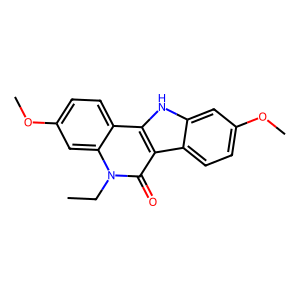
SMILES: CCn1c(=O)c2c3ccc(OC)cc3[nH]c2c2ccc(OC)cc21
Inhibits HIV replication: No